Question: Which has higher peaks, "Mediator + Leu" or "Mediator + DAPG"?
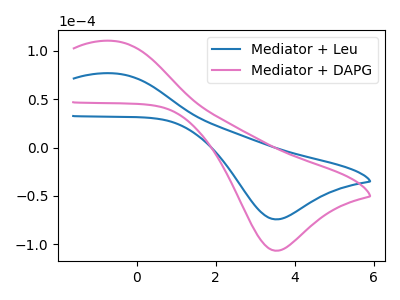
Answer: <think>The blue curve "Mediator + Leu" has an anodic peak at (-0.60V, 76.70uA) and a cathodic peak at (3.50V, -74.25uA). The pink curve "Mediator + DAPG" has an anodic peak at (-0.60V, 110.15uA) and a cathodic peak at (3.50V, -106.65uA).</think>
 <answer>Every peak in "Mediator + Leu" is lower than every peak in "Mediator + DAPG".</answer>
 <eval>lower</eval>